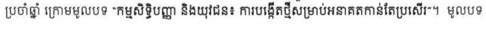
ប្រចាំឆ្នាំ ក្រោមមូលបទ "កម្មសិទ្ធិបញ្ញា និងយុវជន៖ ការបង្កើតថ្មីសម្រាប់អនាគតកាន់តែប្រសើរ"។ មូលបទ